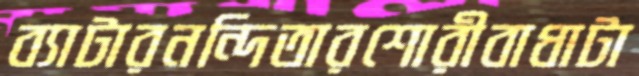
ব্যাটারনন্দিতারশোরীবাধাটা